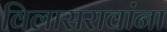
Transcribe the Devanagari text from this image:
विलासरावांना